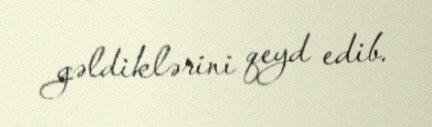
gəldiklərini qeyd edib.